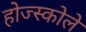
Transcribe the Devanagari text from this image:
होज्स्कोले